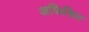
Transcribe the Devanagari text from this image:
अफिसित